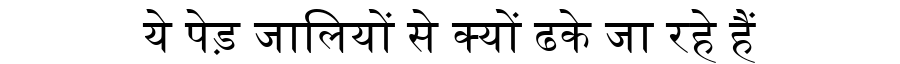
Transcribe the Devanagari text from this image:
ये पेड़ जालियों से क्यों ढके जा रहे हैं